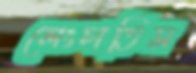
লেংচাতিস